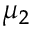
\mu _ { 2 }